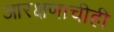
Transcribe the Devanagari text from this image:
आरक्षणाचीही